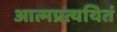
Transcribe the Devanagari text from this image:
आत्मप्रत्ययितं